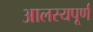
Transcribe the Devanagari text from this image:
आलस्यपूर्ण